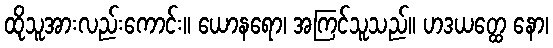
ထိုသူအားလည်းကောင်း။ ယောနရော၊ အကြင်သူသည်။ ဟဒယတ္ထေ နော၊